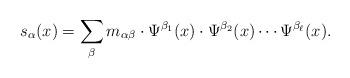
LaTeX: \begin{align*} s_\alpha(x) = \sum_{\beta} m_{\alpha \beta} \cdot \Psi^{\beta_1}(x) \cdot \Psi^{\beta_2}(x) \cdots \Psi^{\beta_\ell}(x).\end{align*}